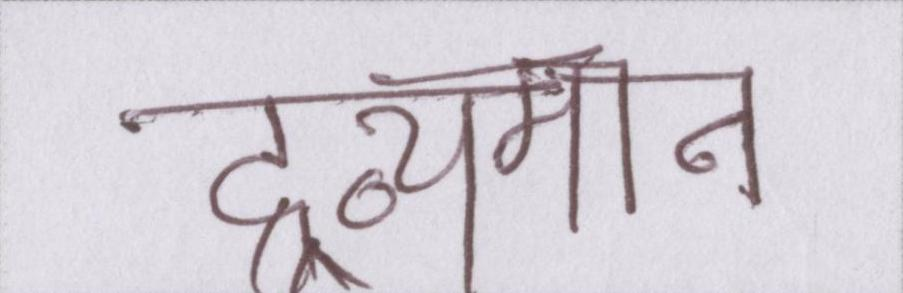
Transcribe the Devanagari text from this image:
द्रव्यमान